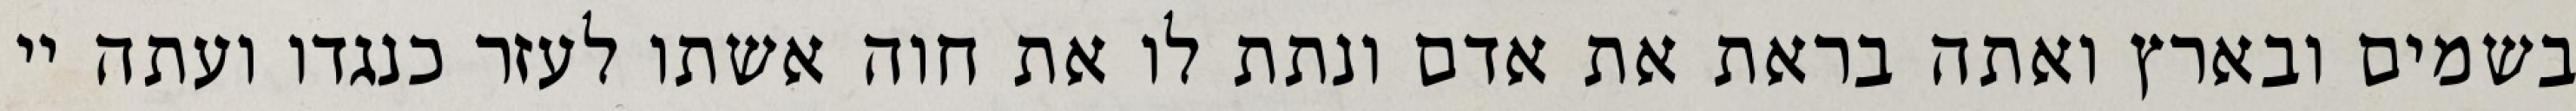
בשמים ובארץ ואתה בראת את אדם ונתת לו את חוה אשתו לעזר כנגדו ועתה יי